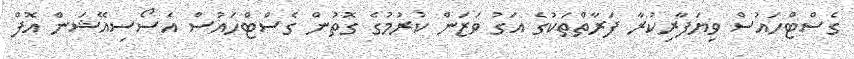
ގެސްޓްހައުސް ވިޔަފާރިކުރާ ފަރާތްތަކުގެ އަގު ވަޒަން ކުރުމުގެ ގޮތުން ގެސްޓްހައުސް އެސޯސިއޭޝަން އޮފް